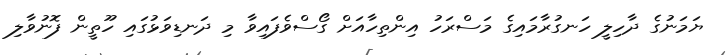
ޔަމަނުގެ ދާހިލީ ހަނގުރާމައިގެ މަސްރަހު އިންތިހާއަށް ގޯސްވެފައިވާ މި ދަނޑިވަޅުގައި ހޫތީން ފޮނުވާލި